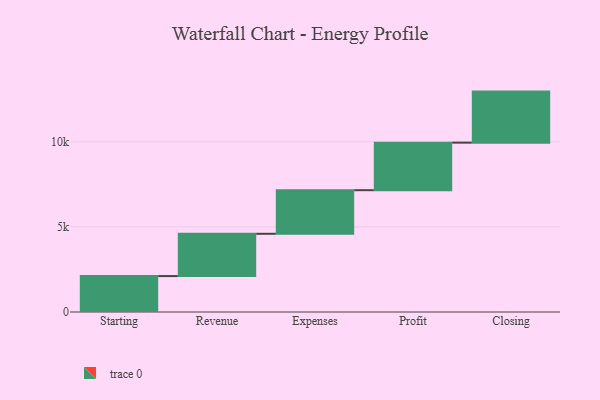
{"axis": {"x": "Step", "y": "Value"}, "legend": [""], "data": [{"x": "Starting", "y": 2111.0, "type": ""}, {"x": "Revenue", "y": 2485.0, "type": ""}, {"x": "Expenses", "y": 2562.0, "type": ""}, {"x": "Profit", "y": 2793.0, "type": ""}, {"x": "Closing", "y": 3000, "type": ""}]}